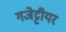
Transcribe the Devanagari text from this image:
गजेट्टीयर